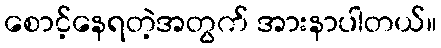
စောင့်နေရတဲ့အတွက် အားနာပါတယ်။